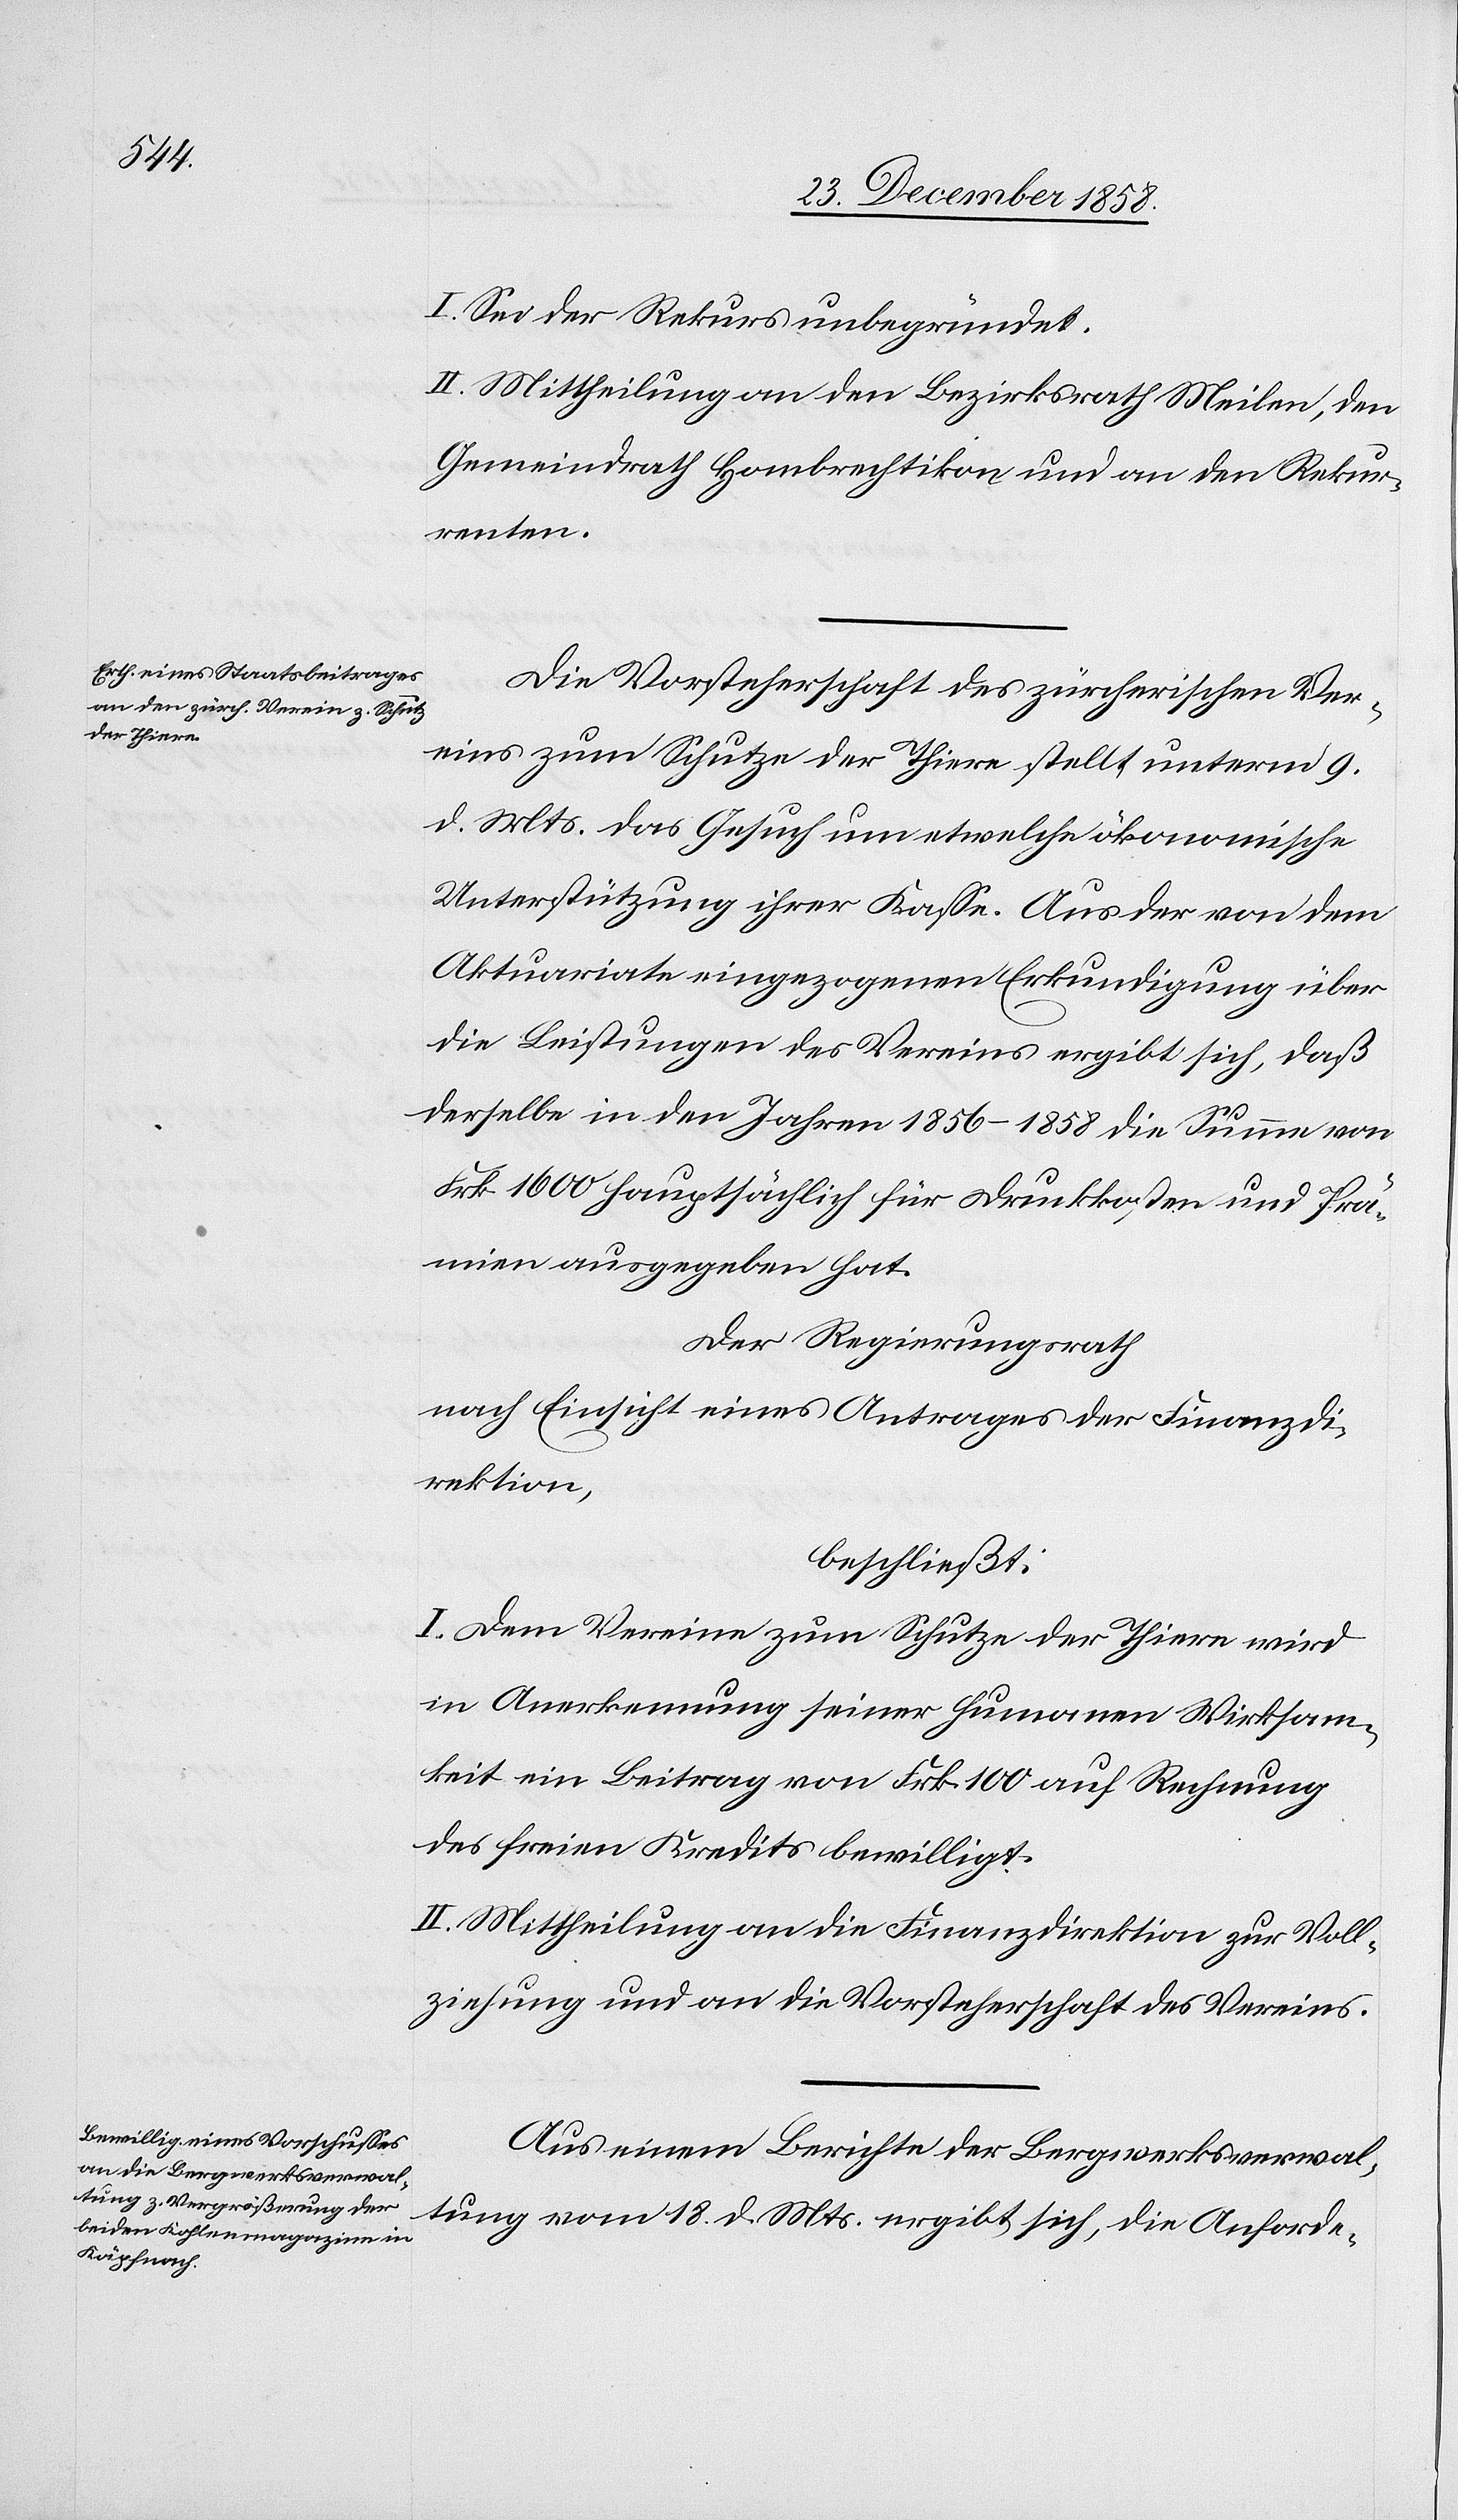
I. Sei der Rekurs unbegründet.
II. Mittheilung an den Bezirksrath Meilen, den
Gemeindrath Hombrechtikon und an den Rekur¬
renten.
Die Vorsteherschaft des zürcherischen Ver¬
eins zum Schutze der Thiere stellt unterm 9.
d. Mts. das Gesuch um etwelche ökonomische
Unterstützung ihrer Kasse. Aus der von dem
Aktuariate eingezogenen Erkundigung über
die Leistungen des Vereins ergibt sich, daß
derselbe in den Jahren 1856–1858 die Summe von
Frk. 1600 hauptsächlich für Druckkosten und Prä¬
mien ausgegeben hat.
Der Regierungsrath
nach Einsicht eines Antrages der Finanzdi¬
rektion,
beschließt:
I. Dem Vereine zum Schutze der Thiere wird
in Anerkennung seiner humanen Wirksam¬
keit ein Beitrag von Frk. 100 auf Rechnung
des freien Kredits bewilligt.
II. Mittheilung an die Finanzdirektion zur Voll¬
ziehung und an die Vorsteherschaft des Vereins.
Aus einem Berichte der Bergwerksverwal¬
tung vom 18. d. Mts. ergibt sich, die Anforde-